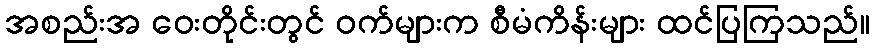
အစည်းအ ဝေးတိုင်းတွင် ဝက်များက စီမံကိန်းများ ထင်ပြကြသည်။